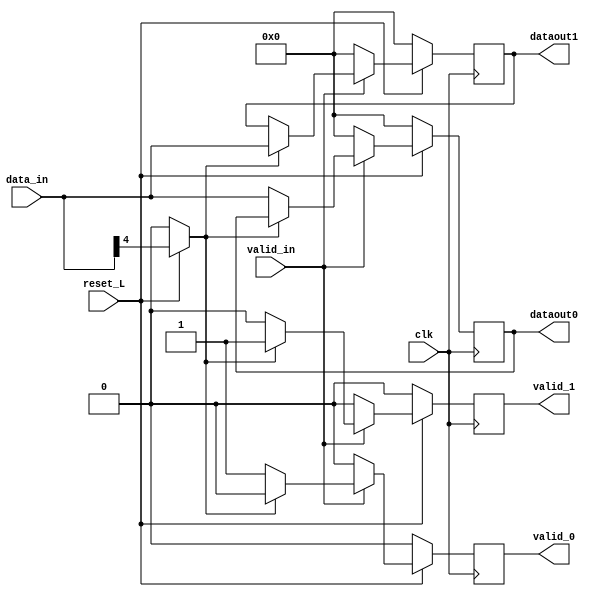
module Demux_D0_D1(input clk,
             input reset_L,
             input valid_in,
             input [5:0] data_in,
             output reg [5:0] dataout0,
             output reg [5:0] dataout1,
             output reg valid_0,
             output reg valid_1);

/////////////////////////////////////////////////////////////////
//Registros Internos
reg selectorL1;

/////////////////////////////////////////////////////////////////
// Logica selector canal de salida
always @(*) begin
    if((!reset_L))begin
    selectorL1 <=0;
    end
    else begin
    selectorL1 <=data_in [4];
    end
end

/////////////////////////////////////////////////////////////////
// Logica asignacion valires de salida y señales de valid
always @(posedge clk) begin
        if((!reset_L))begin
        dataout1<= 0;
        dataout0 <= 0;
        valid_0 <= 0;
        valid_1 <= 0;
        end
        else if(valid_in)begin
                if(selectorL1)begin
                    dataout1 <= data_in;
                    valid_1 <=1;
                    valid_0 <=0;

                end
                else begin
                    dataout0 <= data_in;
                    valid_0 <= 1;
                    valid_1 <=0;
                end
        end
        else begin
        dataout1<= 0;
        dataout0 <= 0;
        valid_0 <= 0;
        valid_1 <= 0;
        end
end 
        
endmodule